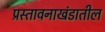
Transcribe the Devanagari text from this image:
प्रस्तावनाखंडातील